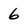
Character: 6